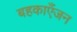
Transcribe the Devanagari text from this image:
बहकाएँजन